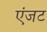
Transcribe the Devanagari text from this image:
एंजट